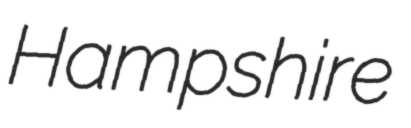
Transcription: Hampshire